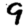
Digit: 9